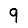
Digit: 9